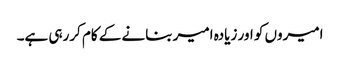
امیروں کو اور زیادہ امیر بنانے کے کام کررہی ہے۔